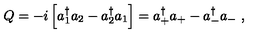
Q = - i \left[ a _ { 1 } ^ { \dagger } a _ { 2 } - a _ { 2 } ^ { \dagger } a _ { 1 } \right] = a _ { + } ^ { \dagger } a _ { + } - a _ { - } ^ { \dagger } a _ { - } \ ,